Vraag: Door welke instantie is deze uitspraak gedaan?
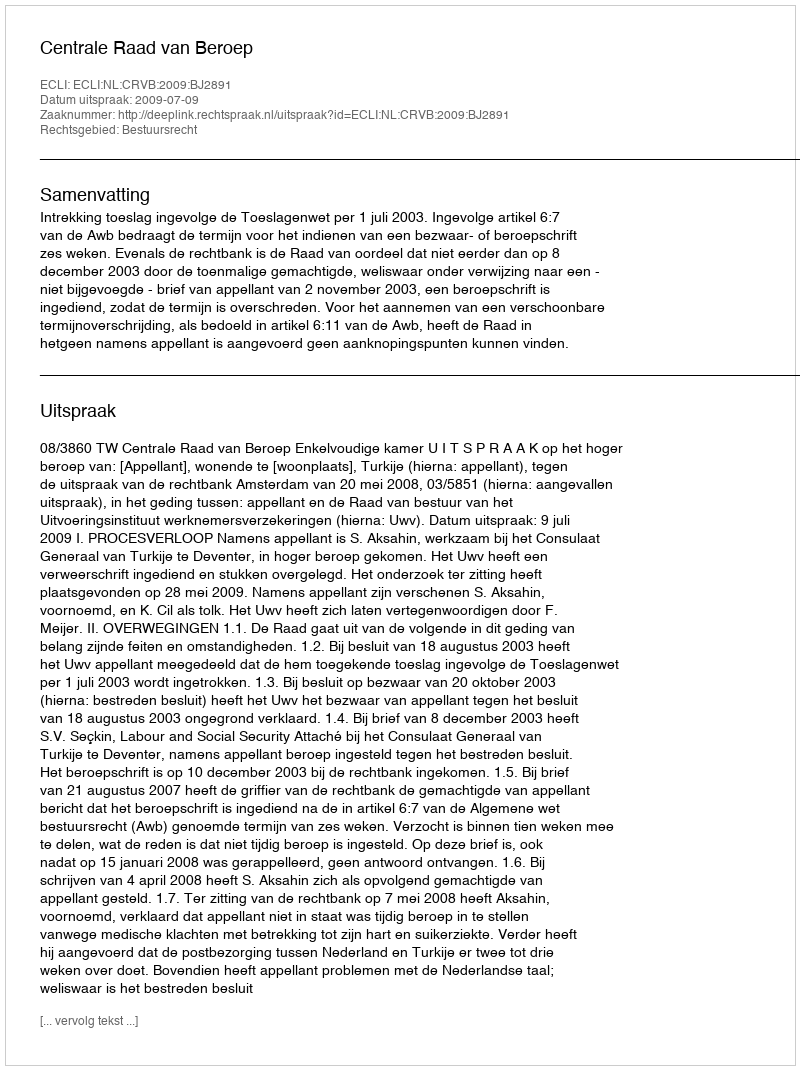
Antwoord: Centrale Raad van Beroep